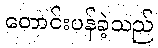
တောင်းပန်ခဲ့သည်